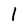
Character: 1